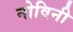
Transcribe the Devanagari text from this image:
नोविनी